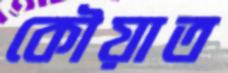
কৌয়াত